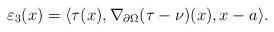
LaTeX: \begin{align*}\varepsilon_3(x) = \langle \tau(x), \nabla_{\partial \Omega}(\tau - \nu)(x), x-a \rangle. \end{align*}